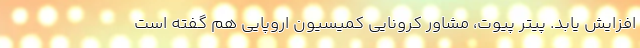
افزایش یابد. پیتر پیوت، مشاور کرونایی کمیسیون اروپایی هم گفته است